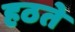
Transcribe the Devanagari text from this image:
हठते